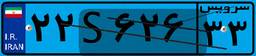
۰۱S۹۲۸۸۲